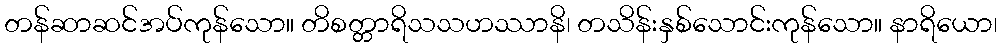
တန်ဆာဆင်အပ်ကုန်သော။ တိစတ္တာရိသသဟဿာနိ၊ တသိန်းနှစ်သောင်းကုန်သော။ နာရိယော၊